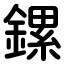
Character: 鏍